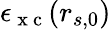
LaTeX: \epsilon_{\mathrm{~x~c~}}(r_{s,0})